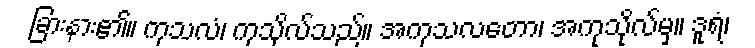
ခြားနား၏။ ကုသလံ၊ ကုသိုလ်သည်။ အကုသလတော၊ အကုသိုလ်မှ။ ဒူရံ၊